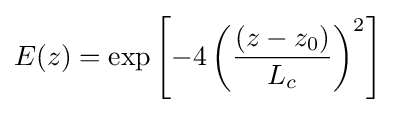
E(z)=\exp \left[-4\left({\frac {\left(z-z_{0}\right)}{L_{c}}}\right)^{2}\right]